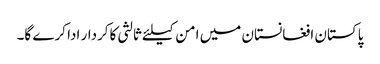
پاکستان افغانستان میں امن کیلئے ثالثی کاکردار ادا کرے گا۔